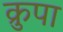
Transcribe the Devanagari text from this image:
क्रुपा